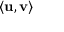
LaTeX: \langle \mathbf { u } , \mathbf { v } \rangle